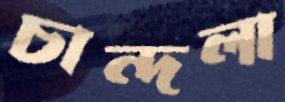
চান্দলা